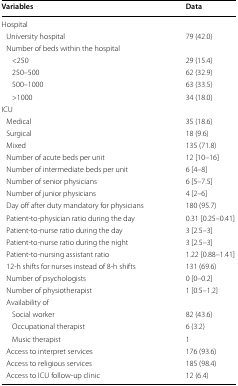
| Variables | Data |
 | --- | --- |
 | Hospital |  |
 | University hospital | 79 (42.0) |
 | Number of beds within the hospital |  |
 | <250 | 29 (15.4) |
 | 250–500 | 62 (32.9) |
 | 500–1000 | 63 (33.5) |
 | >1000 | 34 (18.0) |
 | <COLSPAN=2> ICU |
 | Medical | 35 (18.6) |
 | Surgical | 18 (9.6) |
 | Mixed | 135 (71.8) |
 | Number of acute beds per unit | 12 [10–16] |
 | Number of intermediate beds per unit | 6 [4–8] |
 | Number of senior physicians | 6 [5–7.5] |
 | Number of junior physicians | 4 [2–6] |
 | Day off after duty mandatory for physicians | 180 (95.7) |
 | Patient-to-physician ratio during the day | 0.31 [0.25–0.41] |
 | Patient-to-nurse ratio during the day | 3 [2.5–3] |
 | Patient-to-nurse ratio during the night | 3 [2.5–3] |
 | Patient-to-nursing assistant ratio | 1.22 [0.88–1.41] |
 | 12-h shifts for nurses instead of 8-h shifts | 131 (69.6) |
 | Number of psychologists | 0 [0–0.2] |
 | Number of physiotherapist | 1 [0.5–1.2] |
 | <COLSPAN=2> Availability of |
 | Social worker | 82 (43.6) |
 | Occupational therapist | 6 (3.2) |
 | Music therapist | 1 |
 | Access to interpret services | 176 (93.6) |
 | Access to religious services | 185 (98.4) |
 | Access to ICU follow-up clinic | 12 (6.4) |